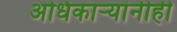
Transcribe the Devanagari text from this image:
अधिकार्‍यांनीही